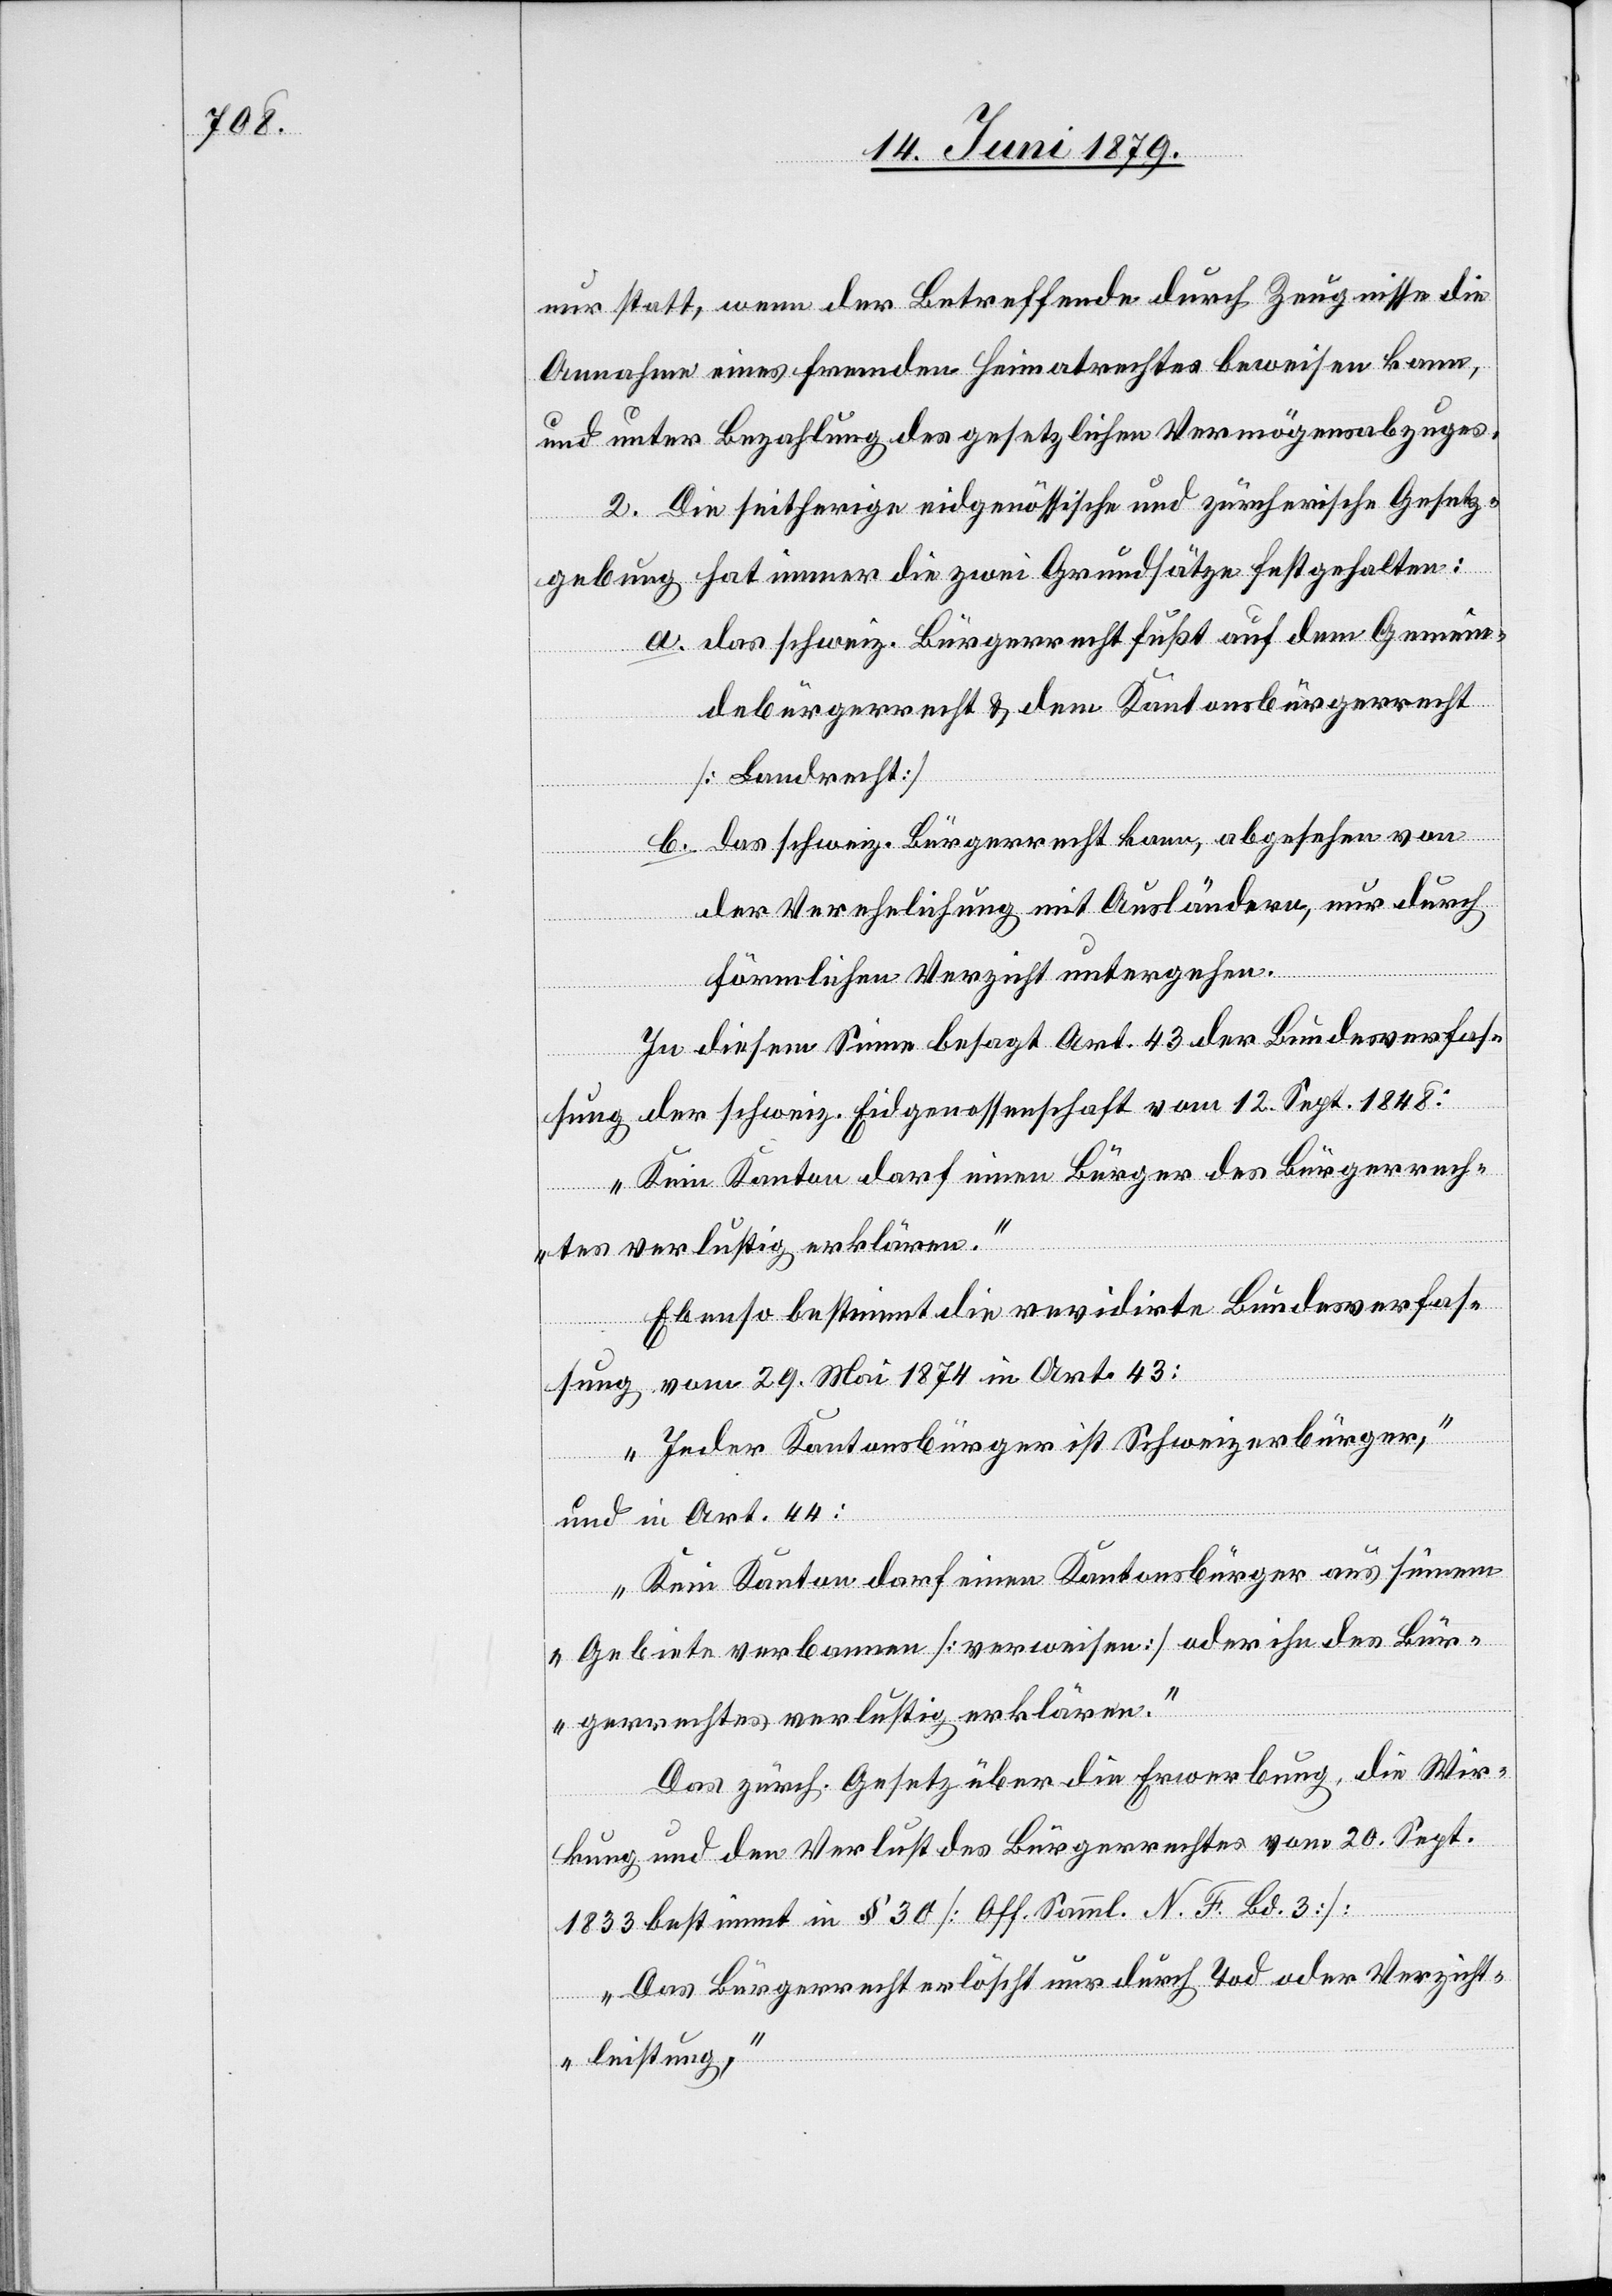
nur statt, wenn der Betreffende durch Zeugnisse die
Annahme eines fremden Heimatrechtes beweisen kann,
und unter Bezahlung des gesetzlichen Vermögensabzuges.
2. Die seitherige eidgenössische und zürcherische Gesetz¬
gebung hat immer die zwei Grundsätze festgehalten:
a. das schweiz. Bürgerrecht fußt auf dem Gemein¬
dbürgerrecht & dem Kantonsbürgerrecht
[Landrecht][.]
b. das schweiz. Bürgerrecht kann, abgesehen von
der Verehelichung mit Ausländern, nur durch
förmlichen Verzicht untergehen.
In diesem Sinne besagt Art. 43 der Bundesverfas¬
sung der schweiz. Eidgenossenschaft vom 12. Sept. 1848:
„Kein Kanton darf einen Bürger des Bürgerrech¬
tes verlustig erklären.“
Ebenso bestimmt die revidirte Bundesverfas¬
sung vom 29. Mai 1874 in Art. 43:
„Jeder Kantonsbürger ist Schweizerbürger,“
und in Art. 44:
„Kein Kanton darf einen Kantonsbürger aus seinem
Gebiete verbannen [verweisen] oder ihn des Bür¬
gerrechtes verlustig erklären.“
Das zürch. Gesetz über die Erwerbung, die Wir¬
kung und den Verlust des Bürgerrechtes vom 20. Sept.
1833 bestimmt in § 30 [Off. Samml. N. F. Bd. 3]:
„Das Bürgerrecht erlöscht nur durch Tod oder Verzicht¬
leistung,“